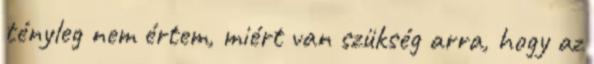
tényleg nem értem, miért van szükség arra, hogy az